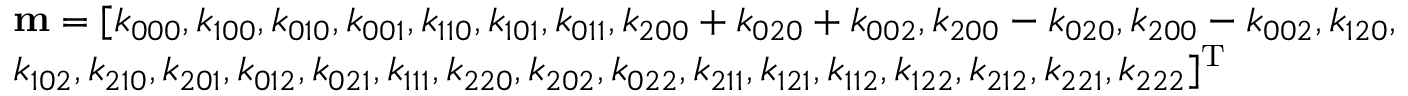
\begin{array} { l } { { \bf { m } } = [ { k _ { 0 0 0 } } , { k _ { 1 0 0 } } , { k _ { 0 1 0 } } , { k _ { 0 0 1 } } , { k _ { 1 1 0 } } , { k _ { 1 0 1 } } , { k _ { 0 1 1 } } , { k _ { 2 0 0 } } + { k _ { 0 2 0 } } + { k _ { 0 0 2 } } , { k _ { 2 0 0 } } - { k _ { 0 2 0 } } , { k _ { 2 0 0 } } - { k _ { 0 0 2 } } , { k _ { 1 2 0 } } , } \\ { \mathrm { } { k _ { 1 0 2 } } , { k _ { 2 1 0 } } , { k _ { 2 0 1 } } , { k _ { 0 1 2 } } , { k _ { 0 2 1 } } , { k _ { 1 1 1 } } , { k _ { 2 2 0 } } , { k _ { 2 0 2 } } , { k _ { 0 2 2 } } , { k _ { 2 1 1 } } , { k _ { 1 2 1 } } , { k _ { 1 1 2 } } , { k _ { 1 2 2 } } , { k _ { 2 1 2 } } , { k _ { 2 2 1 } } , { k _ { 2 2 2 } } { ] ^ { \mathrm { T } } } } \end{array}